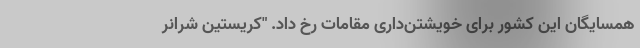
همسایگان این کشور برای خویشتن‌داری مقامات رخ داد. "کریستین شرانر